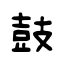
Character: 鼓